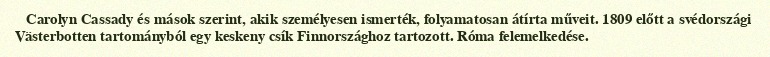
Carolyn Cassady és mások szerint, akik személyesen ismerték, folyamatosan átírta műveit. 1809 előtt a svédországi Västerbotten tartományból egy keskeny csík Finnországhoz tartozott. Róma felemelkedése.